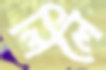
লিলে